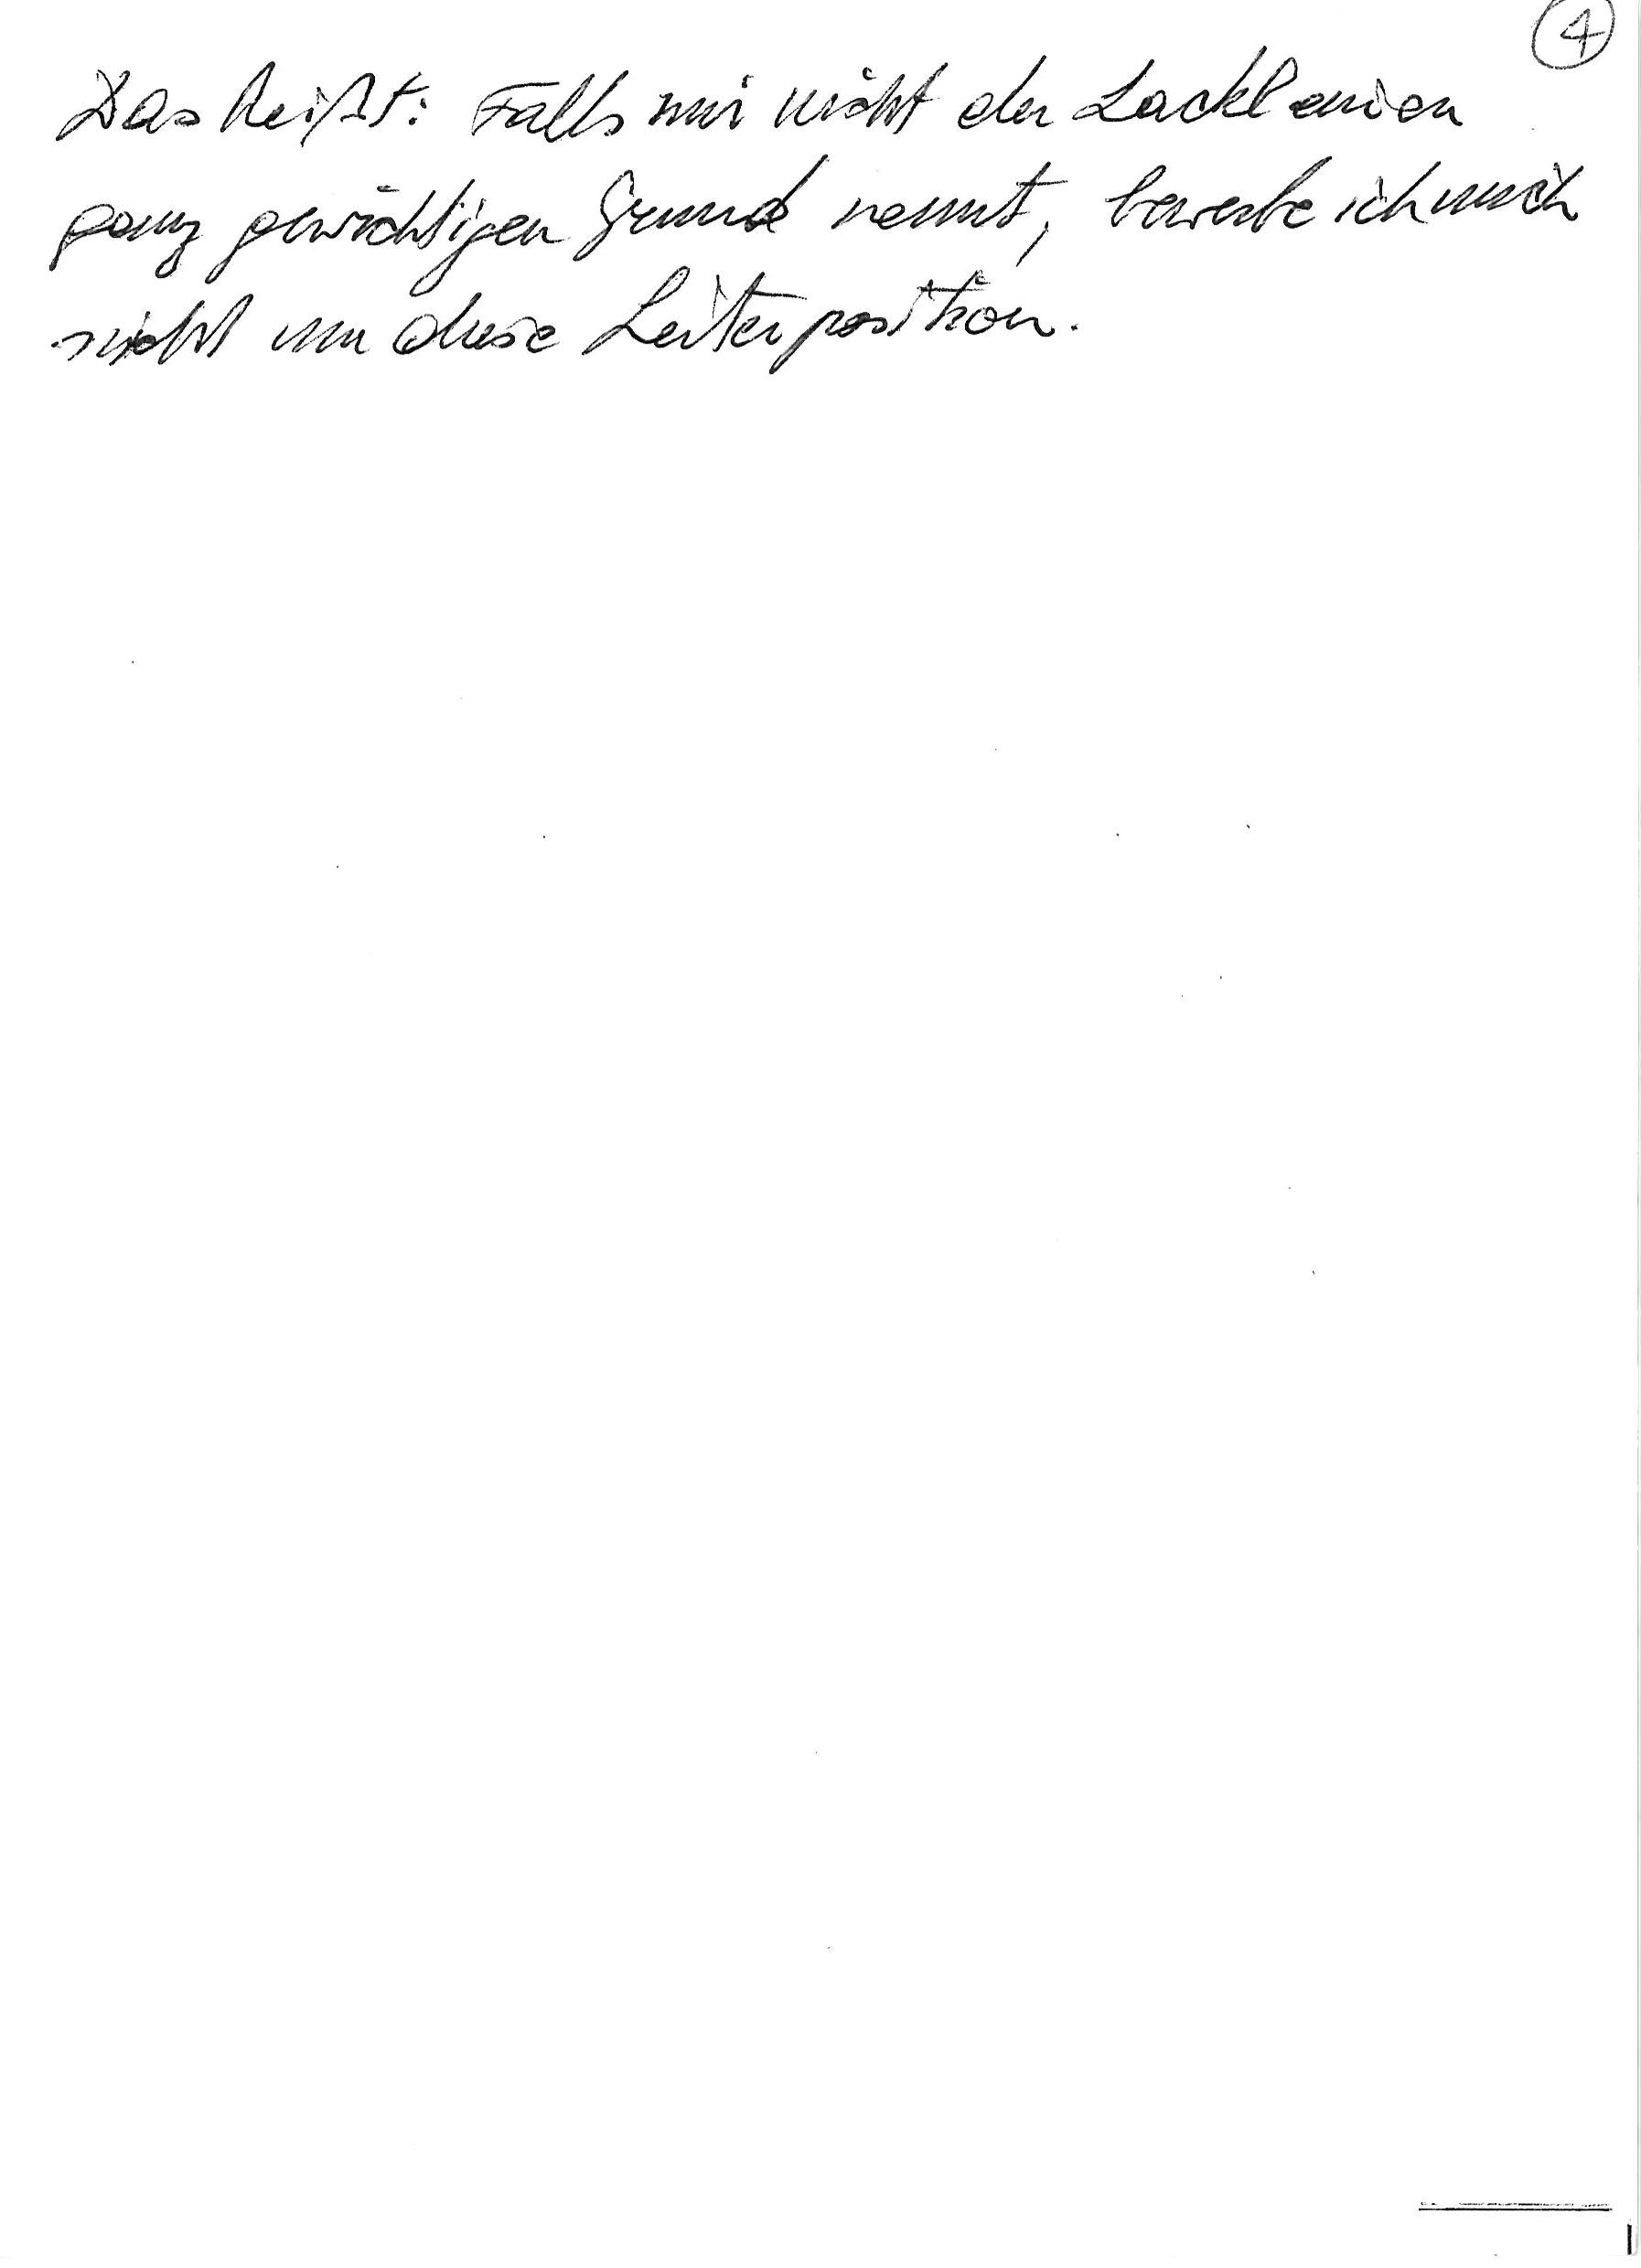
Das heißt: Falls mir nicht der Lackl einen
ganz gewichtigen Grund nennt, bewerbe ich mich
nicht um diese Leiterposition.